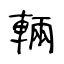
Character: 輛